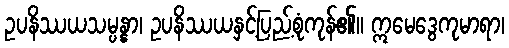
ဥပနိဿယသမ္ပန္နာ၊ ဥပနိဿယနှင့်ပြည့်စုံကုန်၏။ ဣမေဒွေကုမာရာ၊